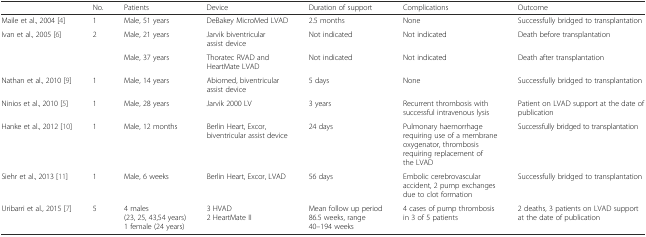
<table><thead><tr><td></td><td><b>No.</b></td><td><b>Patients</b></td><td><b>Device</b></td><td><b>Duration of support</b></td><td><b>Complications</b></td><td><b>Outcome</b></td></tr></thead><tbody><tr><td>Maile et al., 2004 [4]</td><td>1</td><td>Male, 51 years</td><td>DeBakey MicroMed LVAD</td><td>2.5 months</td><td>None</td><td>Successfully bridged to transplantation</td></tr><tr><td>Ivan et al., 2005 [6]</td><td>2</td><td>Male, 21 years</td><td>Jarvik biventricular assist device</td><td>Not indicated</td><td>Not indicated</td><td>Death before transplantation</td></tr><tr><td></td><td></td><td>Male, 37 years</td><td>Thoratec RVAD andHeartMate LVAD</td><td>Not indicated</td><td>Not indicated</td><td>Death after transplantation</td></tr><tr><td>Nathan et al., 2010 [9]</td><td>1</td><td>Male, 14 years</td><td>Abiomed, biventricular assist device</td><td>5 days</td><td>None</td><td>Successfully bridged to transplantation</td></tr><tr><td>Ninios et al., 2010 [5]</td><td>1</td><td>Male, 28 years</td><td>Jarvik 2000 LV</td><td>3 years</td><td>Recurrent thrombosis with successful intravenous lysis</td><td>Patient on LVAD support at the date of publication</td></tr><tr><td>Hanke et al., 2012 [10]</td><td>1</td><td>Male, 12 months</td><td>Berlin Heart, Excor, biventricular assist device</td><td>24 days</td><td>Pulmonary haemorrhage requiring use of a membrane oxygenator, thrombosis requiring replacement of the LVAD</td><td>Successfully bridged to transplantation</td></tr><tr><td>Siehr et al., 2013 [11]</td><td>1</td><td>Male, 6 weeks</td><td>Berlin Heart, Excor, LVAD</td><td>56 days</td><td>Embolic cerebrovascular accident, 2 pump exchanges due to clot formation</td><td>Successfully bridged to transplantation</td></tr><tr><td>Uribarri et al., 2015 [7]</td><td>5</td><td>4 males (23, 25, 43,54 years)1 female (24 years)</td><td>3 HVAD2 HeartMate II</td><td>Mean follow up period 86.5 weeks, range 40–194 weeks</td><td>4 cases of pump thrombosis in 3 of 5 patients</td><td>2 deaths, 3 patients on LVAD support at the date of publication</td></tr></tbody></table>